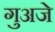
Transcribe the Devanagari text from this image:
गुअजे